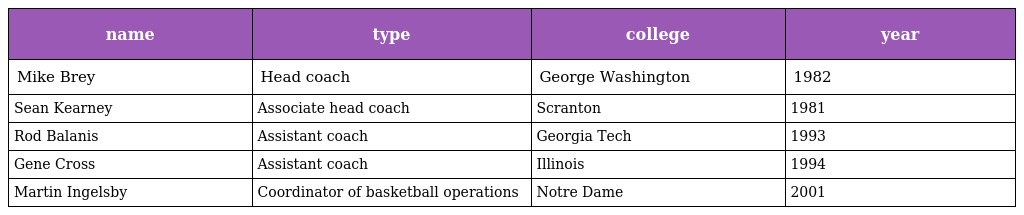
| name | type | college | year |
 | --- | --- | --- | --- |
 | Mike Brey | Head coach | George Washington | 1982 |
 | Sean Kearney | Associate head coach | Scranton | 1981 |
 | Rod Balanis | Assistant coach | Georgia Tech | 1993 |
 | Gene Cross | Assistant coach | Illinois | 1994 |
 | Martin Ingelsby | Coordinator of basketball operations | Notre Dame | 2001 |